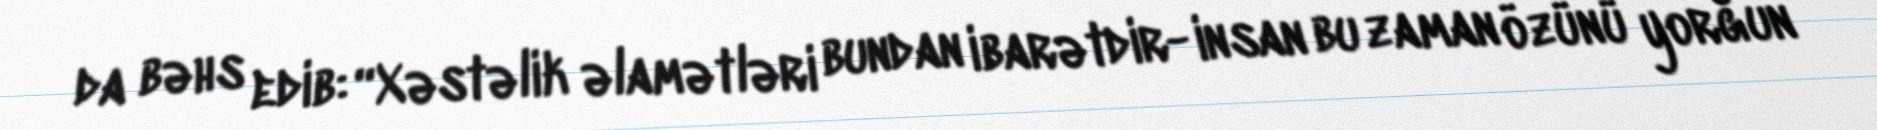
da bəhs edib: “Xəstəlik əlamətləri bundan ibarətdir- insan bu zaman özünü yorğun